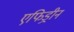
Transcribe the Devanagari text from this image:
एफिड्रीन